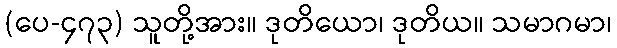
(ပေ-၄၇၃) သူတို့အား။ ဒုတိယော၊ ဒုတိယ။ သမာဂမာ၊